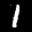
Label: 1